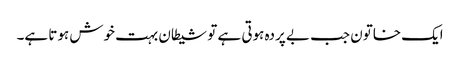
ایک خاتون جب بے پردہ ہوتی ہے تو شیطان بہت خوش ہوتا ہے۔